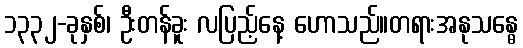
၁၃၃၂-ခုနှစ်၊ ဦးတန်ခူး လပြည့်နေ့ ဟောသည်။တရားအနုသန္ဓေ